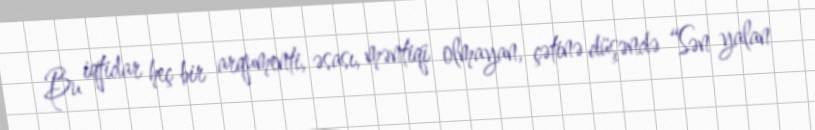
Bu iqtidar heç bir arqumenti, əsası, məntiqi olmayan, çətinə düşəndə “Sən yalan